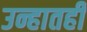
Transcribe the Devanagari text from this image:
उन्हातही